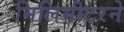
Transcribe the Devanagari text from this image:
मिलिमीटरने